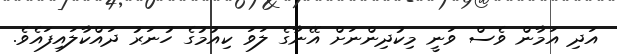
އަދި އަމާން ވެސް ވަނީ މިކުދިންނަށް އޭނާގެ ލަވަ ކިއުމުގެ ހުނަރު ދައްކާލައިފައެވެ.